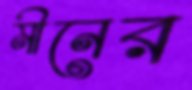
মীনের